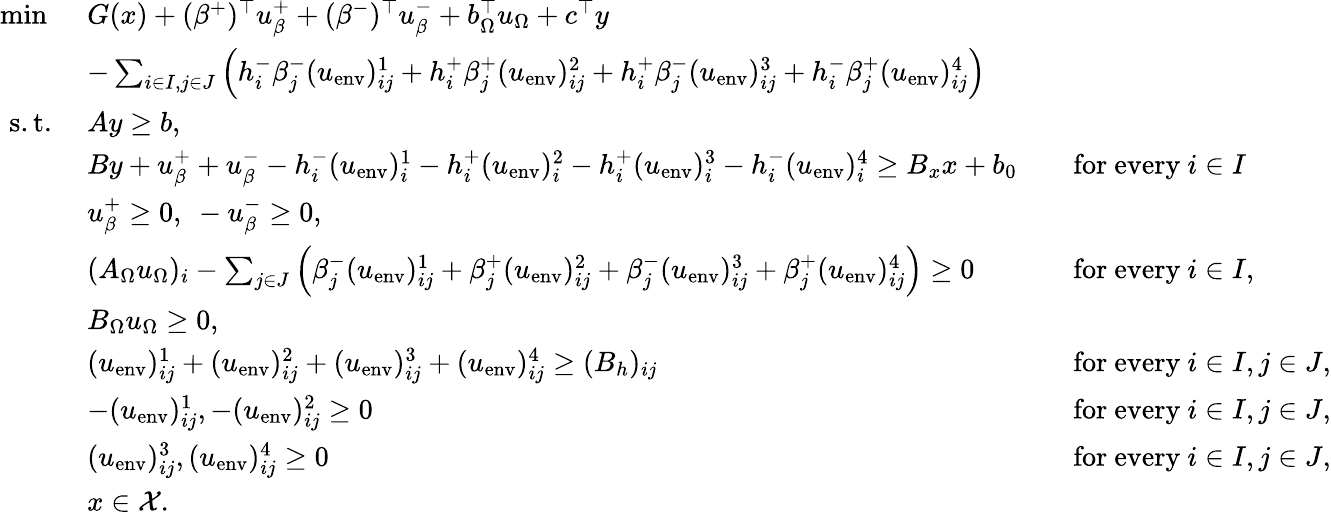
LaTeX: \begin{array}{rlrl}{\operatorname*{min}\ }&{G(x)+(\beta^{+})^{\top}u_{\beta}^{+}+(\beta^{-})^{\top}u_{\beta}^{-}+b_{\Omega}^{\top}u_{\Omega}+c^{\top}y}\\ &{-\sum_{i\in I,j\in J}\left(h_{i}^{-}\beta_{j}^{-}(u_{\mathrm{env}})_{ij}^{1}+h_{i}^{+}\beta_{j}^{+}(u_{\mathrm{env}})_{ij}^{2}+h_{i}^{+}\beta_{j}^{-}(u_{\mathrm{env}})_{ij}^{3}+h_{i}^{-}\beta_{j}^{+}(u_{\mathrm{env}})_{ij}^{4}\right)}\\ {\mathrm{s.t.}\ }&{Ay\geq b,}\\ &{By+u_{\beta}^{+}+u_{\beta}^{-}-h_{i}^{-}(u_{\mathrm{env}})_{i}^{1}-h_{i}^{+}(u_{\mathrm{env}})_{i}^{2}-h_{i}^{+}(u_{\mathrm{env}})_{i}^{3}-h_{i}^{-}(u_{\mathrm{env}})_{i}^{4}\geq B_{x}x+b_{0}}&&{\mathrm{for~every~}i\in I}\\ &{u_{\beta}^{+}\geq 0,\ -u_{\beta}^{-}\geq 0,}\\ &{(A_{\Omega}u_{\Omega})_{i}-\sum_{j\in J}\left(\beta_{j}^{-}(u_{\mathrm{env}})_{ij}^{1}+\beta_{j}^{+}(u_{\mathrm{env}})_{ij}^{2}+\beta_{j}^{-}(u_{\mathrm{env}})_{ij}^{3}+\beta_{j}^{+}(u_{\mathrm{env}})_{ij}^{4}\right)\geq 0}&&{\mathrm{for~every~}i\in I,}\\ &{B_{\Omega}u_{\Omega}\geq 0,}\\ &{(u_{\mathrm{env}})_{ij}^{1}+(u_{\mathrm{env}})_{ij}^{2}+(u_{\mathrm{env}})_{ij}^{3}+(u_{\mathrm{env}})_{ij}^{4}\geq(B_{h})_{ij}}&&{\mathrm{for~every~}i\in I,j\in J,}\\ &{-(u_{\mathrm{env}})_{ij}^{1},-(u_{\mathrm{env}})_{ij}^{2}\geq 0}&&{\mathrm{for~every~}i\in I,j\in J,}\\ &{(u_{\mathrm{env}})_{ij}^{3},(u_{\mathrm{env}})_{ij}^{4}\geq 0}&&{\mathrm{for~every~}i\in I,j\in J,}\\ &{x\in\mathcal{X}.}\end{array}